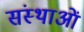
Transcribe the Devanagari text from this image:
संस्थाआें